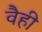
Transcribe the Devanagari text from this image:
वैही